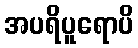
အပရိပူရောပိ